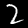
Digit: 2